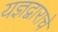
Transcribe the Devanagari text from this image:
यज्ञद्वाराचे